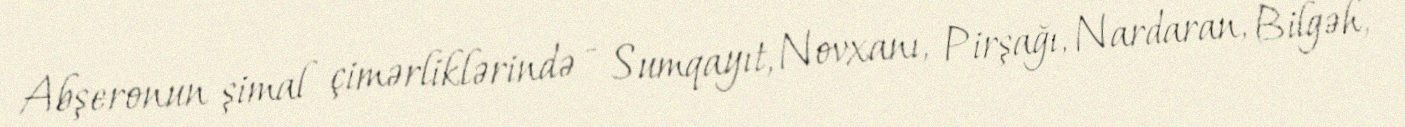
Abşeronun şimal çimərliklərində - Sumqayıt, Novxanı, Pirşağı, Nardaran, Bilgəh,